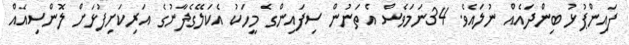
ފައިންޕުޅު ބިންދައެއް ނުލައެވެ. 34ނަމަވެސް އެތަނުން ސިފައިންގެ މީހަކު އެކަލޭގެފާނުގެ އަރިކަށިފުޅަށް ލޮންސިއެއް